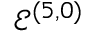
\mathcal { E } ^ { ( 5 , 0 ) }